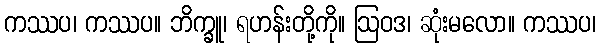
ကဿပ၊ ကဿပ။ ဘိက္ခူ၊ ရဟန်းတို့ကို။ ဩဝဒ၊ ဆုံးမလော။ ကဿပ၊